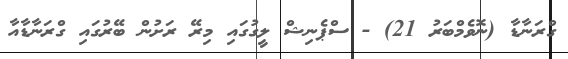
ގްރަނާޑާ (ނޮވެމްބަރު 21) - ސްޕެނިޝް ލީގުގައި މިރޭ ރަށުން ބޭރުގައި ގްރަނާޑާއާ